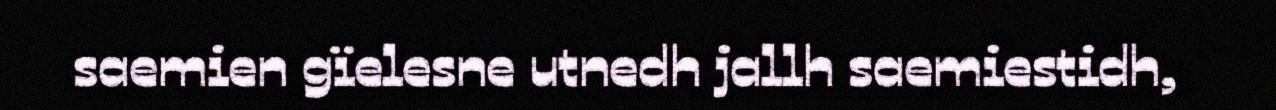
saemien gïelesne utnedh jallh saemiestidh,